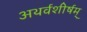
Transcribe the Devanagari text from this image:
अथर्वशीर्षम्